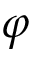
\varphi